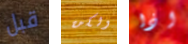
قبل ولكن اذا